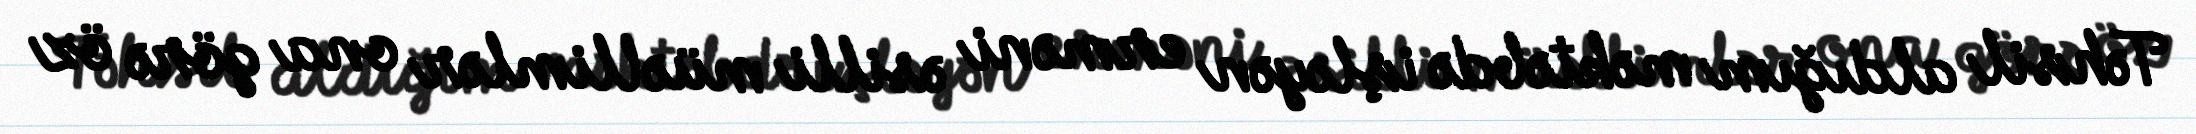
Təhsil aldığım məktəbdə işləyən erməni əsilli müəllimlər ona görə öz